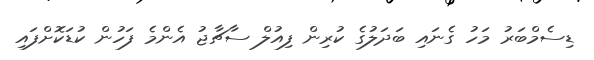
ޑިސެމްބަރު މަހު ގެނައި ބަދަލުގެ ކުރިން ފިއުލް ސާޗާޖު އެންމެ ފަހުން ކުޑަކޮށްފައި